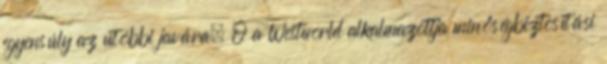
egyensúly az utóbbi javára. Ő a Westworld alkalmazottja minőségbiztosítási